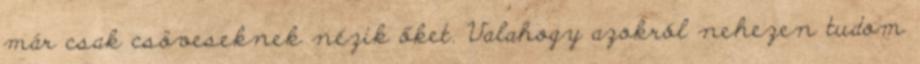
már csak csöveseknek nézik őket. Valahogy azokról nehezen tudom